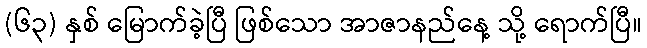
(၆၃) နှစ် မြောက်ခဲ့ပြီ ဖြစ်သော အာဇာနည်နေ့ သို့ ရောက်ပြီ။